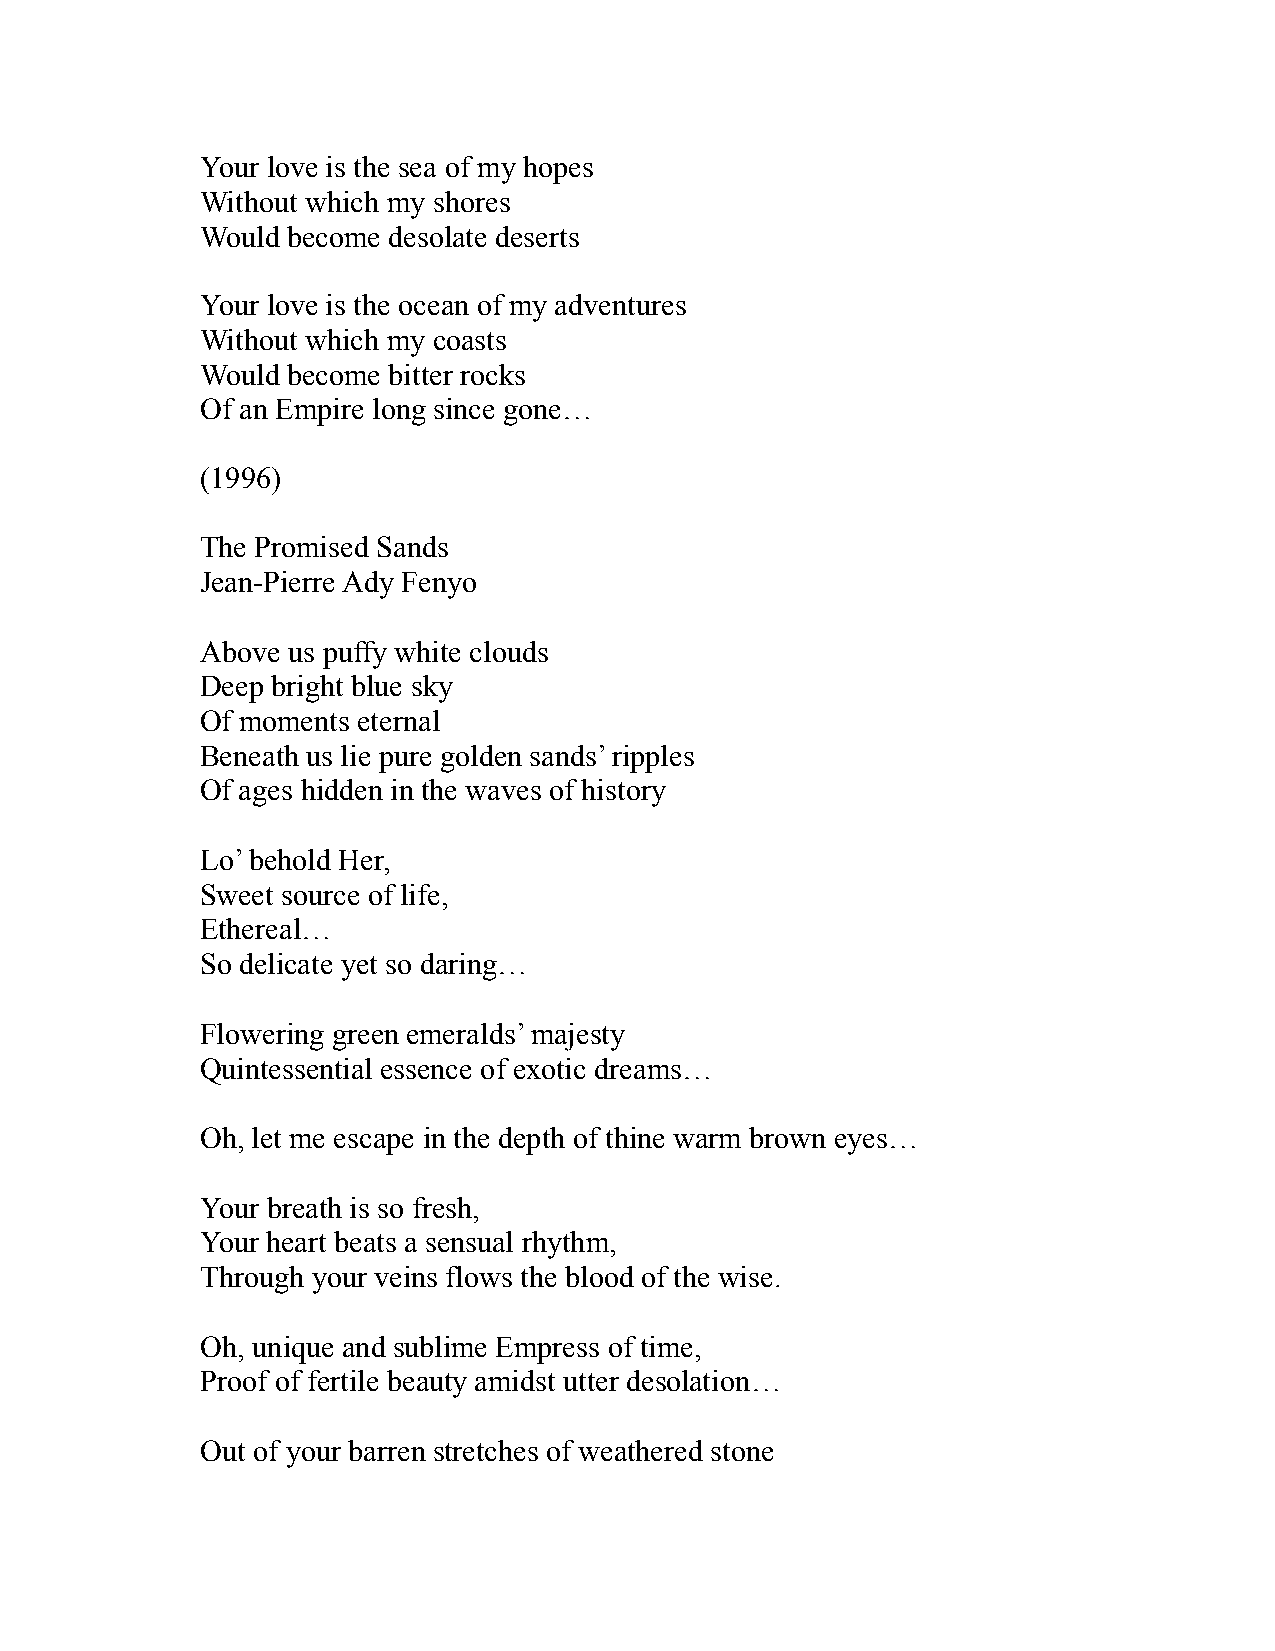
Your love is the sea of my hopes
 Without which my shores
 Would become desolate deserts
 Your love is the ocean of my adventures
 Without which my coasts
 Would become bitter rocks
 Of an Empire long since gone…
 (1996)
 The Promised Sands
 Jean-Pierre Ady Fenyo
 Above us puffy white clouds
 Deep bright blue sky
 Of moments eternal
 Beneath us lie pure golden sands’ ripples
 Of ages hidden in the waves of history
 Lo’ behold Her,
 Sweet source of life,
 Ethereal…
 So delicate yet so daring…
 Flowering green emeralds’ majesty
 Quintessential essence of exotic dreams…
 Oh, let me escape in the depth of thine warm brown eyes…
 Your breath is so fresh,
 Your heart beats a sensual rhythm,
 Through your veins flows the blood of the wise.
 Oh, unique and sublime Empress of time,
 Proof of fertile beauty amidst utter desolation…
 Out of your barren stretches of weathered stone